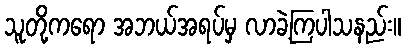
သူတို့ကရော အဘယ်အရပ်မှ လာခဲ့ကြပါသနည်း။